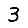
Digit: 3